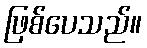
ဖြစ်ပေသည်။